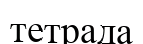
тетрада